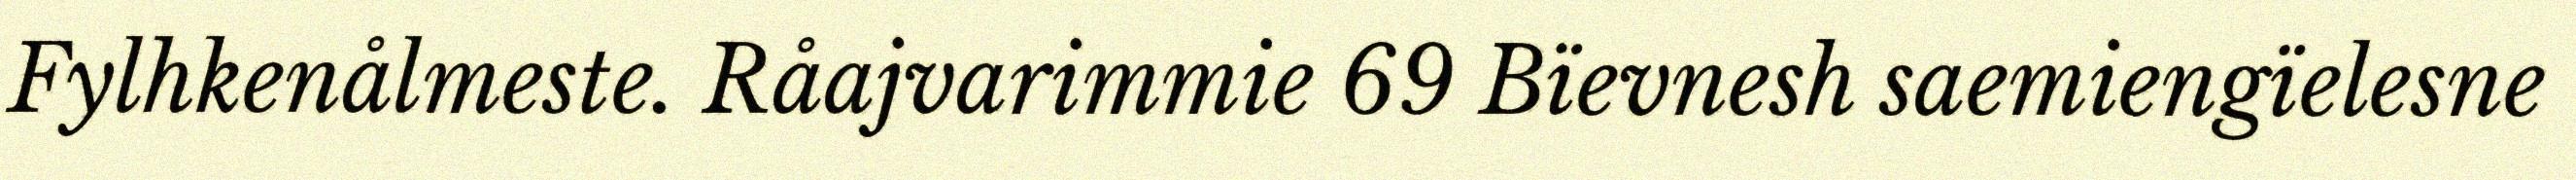
Fylhkenålmeste. Råajvarimmie 69 Bïevnesh saemiengïelesne